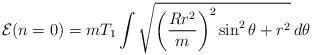
LaTeX: \begin{align*}{\cal E}(n=0)=mT_1\int \sqrt{\bigg(\frac{Rr^2}{m}\bigg)^2\sin^2\theta +r^2}\,d\theta\end{align*}